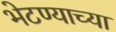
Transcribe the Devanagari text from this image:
भेटण्याच्या